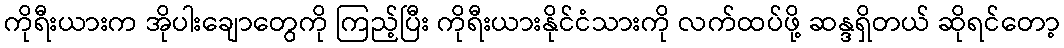
ကိုရီးယားက အိုပါးချောတွေကို ကြည့်ပြီး ကိုရီးယားနိုင်ငံသားကို လက်ထပ်ဖို့ ဆန္ဒရှိတယ် ဆိုရင်တော့